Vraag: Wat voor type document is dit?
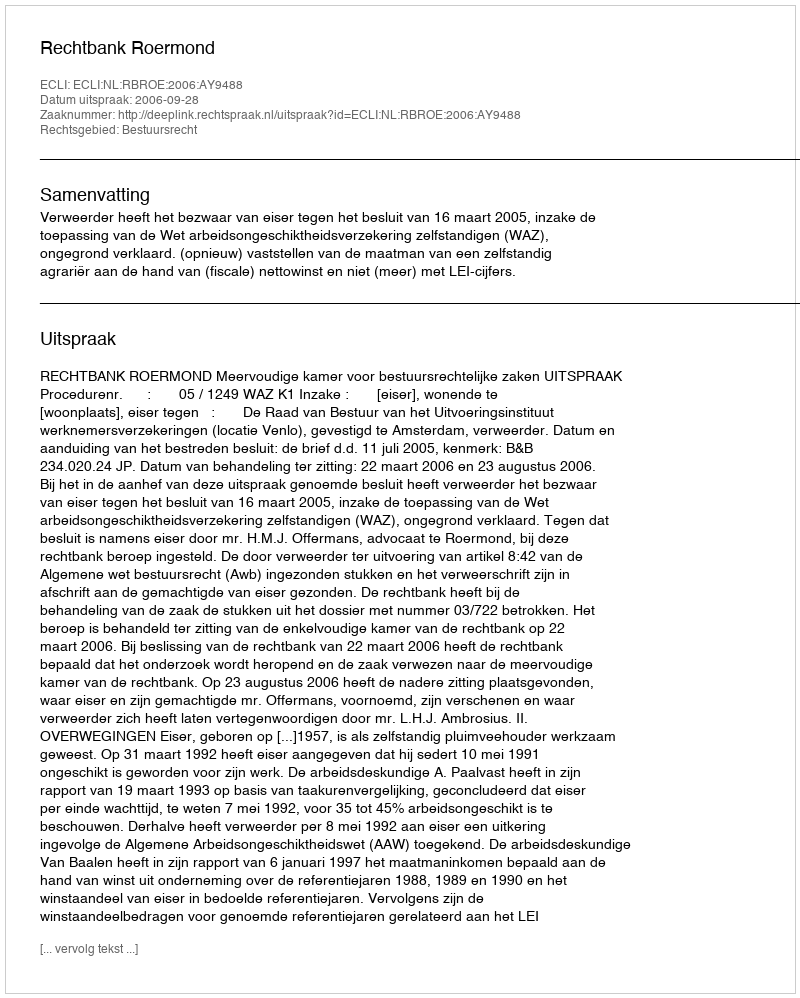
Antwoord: Uitspraak